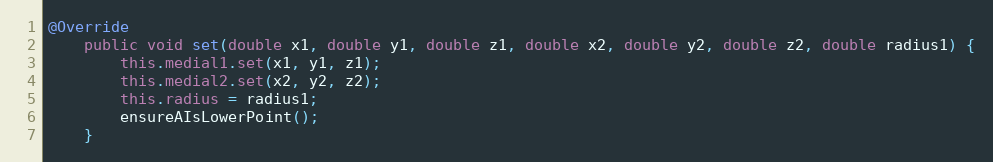
Language: Java
@Override
	public void set(double x1, double y1, double z1, double x2, double y2, double z2, double radius1) {
		this.medial1.set(x1, y1, z1);
		this.medial2.set(x2, y2, z2);
		this.radius = radius1;
		ensureAIsLowerPoint();
	}